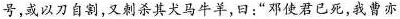
号，或以刀自割，又刺杀其犬马牛羊，曰：”邓使君已死，我曹亦